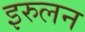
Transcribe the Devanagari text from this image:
इरुलन